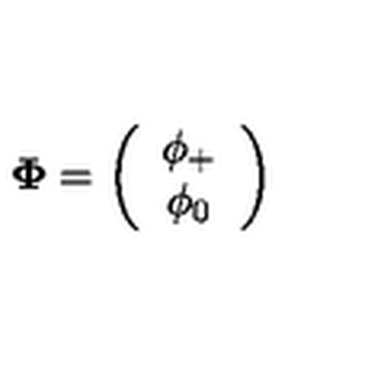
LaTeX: { \bf \Phi } = \left( \begin{array} { c } { \phi _ { + } } \\ { \phi _ { 0 } } \\ \end{array} \right)